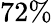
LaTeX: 72\%